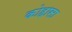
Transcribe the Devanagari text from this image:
कोहासा